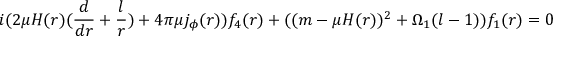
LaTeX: i ( 2 \mu H ( r ) ( \frac { d } { d r } + \frac { l } { r } ) + 4 \pi \mu j _ { \phi } ( r ) ) f _ { 4 } ( r ) + ( ( m - \mu H ( r ) ) ^ { 2 } + \Omega _ { 1 } ( l - 1 ) ) f _ { 1 } ( r ) = 0